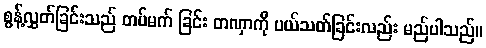
စွန့်လွှတ်ခြင်းသည် တပ်မက် ခြင်း တဏှာကို ပယ်သတ်ခြင်းလည်း မည်ပါသည်။